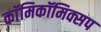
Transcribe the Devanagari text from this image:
काॅमिकॉमिक्सप